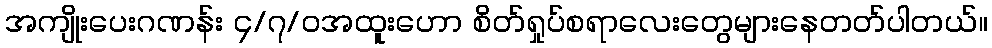
အကျိုးပေးဂဏန်း ၄/၇/၀အထူးဟော စိတ်ရှုပ်စရာလေးတွေများနေတတ်ပါတယ်။